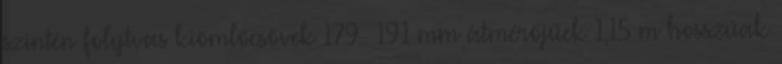
szintén folytvas kiömlőcsövek 179 191 mm átmérőjűek 1,15 m hosszúak